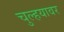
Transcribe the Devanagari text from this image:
चुल्हयावर